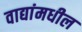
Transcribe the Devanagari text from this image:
वाद्यांमधील